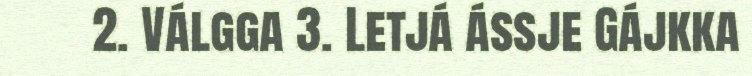
2. Válgga 3. Letjá ássje Gájkka